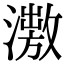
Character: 𣿗